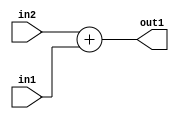
`timescale 1ps / 1ps
/*****************************************************************************
    Verilog RTL Description
    
    
    Created by: Stratus DpOpt 2019.1.01 
*******************************************************************************/

module fix2float_Add_23Sx1U_23S_4 (
	in2,
	in1,
	out1
	); /* architecture "behavioural" */ 
input [22:0] in2;
input  in1;
output [22:0] out1;
wire [22:0] asc001;

assign asc001 = 
	+(in2)
	+(in1);

assign out1 = asc001;
endmodule

/* CADENCE  urn4Tg8= : u9/ySgnWtBlWxVPRXgAZ4Og= ** DO NOT EDIT THIS LINE ******/